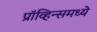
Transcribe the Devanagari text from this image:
प्रॉव्हिन्समध्ये